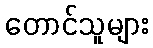
တောင်သူများ